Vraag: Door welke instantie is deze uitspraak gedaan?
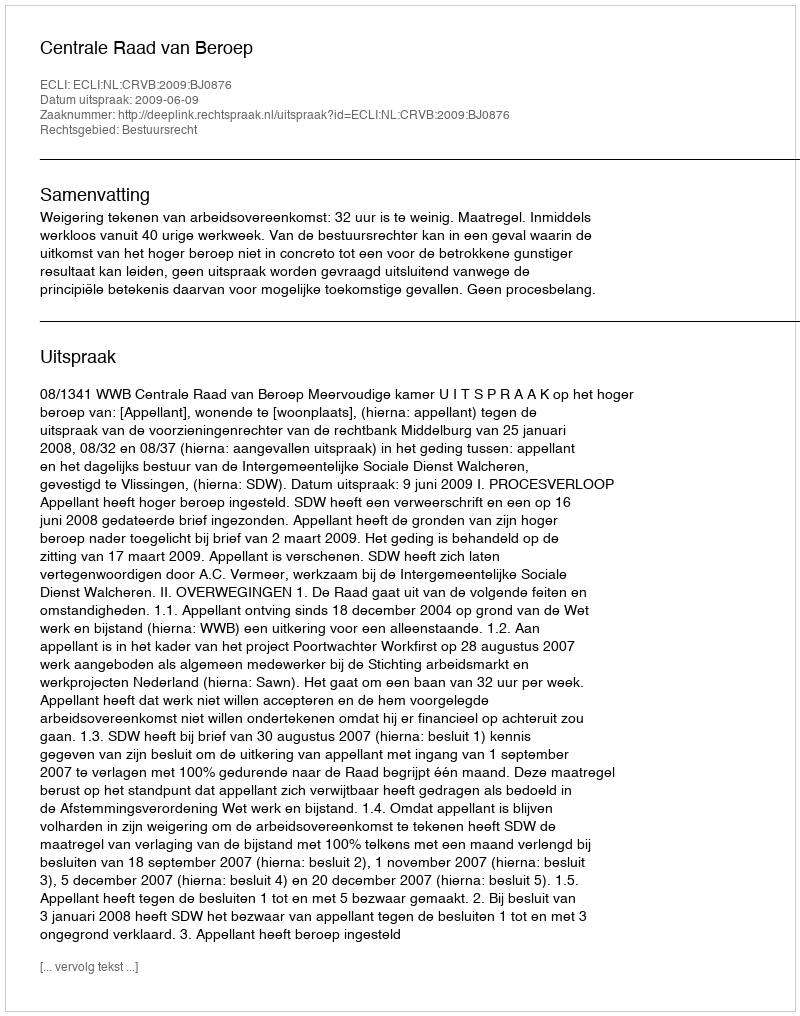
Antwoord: Centrale Raad van Beroep